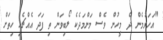
"އަހަރުމެން ދެ މީހުން ވެސް މަންމަދެކެ ލޯބިވަން ތި ފަދަ އެއްޗެހި ހިތަށް